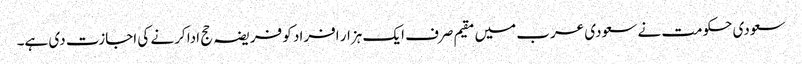
سعودی حکومت نے سعودی عرب میں مقیم صرف ایک ہزار افراد کو فریضہ حج ادا کرنے کی اجازت دی ہے۔